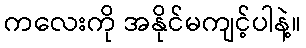
ကလေးကို အနိုင်မကျင့်ပါနဲ့။